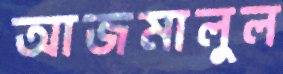
আজমালুল